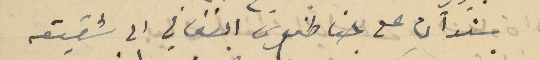
سَندان على حنا طنوس الفغالي الى شقيقه